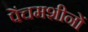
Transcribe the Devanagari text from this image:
पेंचमशीनों